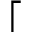
\lceil